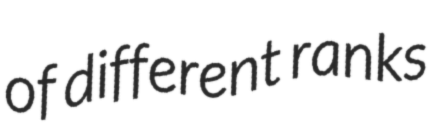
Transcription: of different ranks